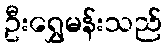
ဦးရွှေမန်းသည်